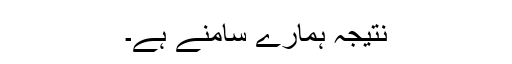
نتیجہ ہمارے سامنے ہے۔